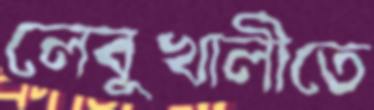
লেবুখালীতে